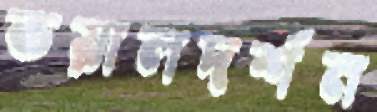
ভয়ালদর্শন